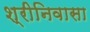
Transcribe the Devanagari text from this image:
श्रीनिवासा